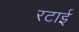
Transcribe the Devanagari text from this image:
रटाई